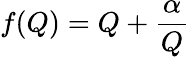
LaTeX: f(Q)=Q+\frac{\alpha}{Q}